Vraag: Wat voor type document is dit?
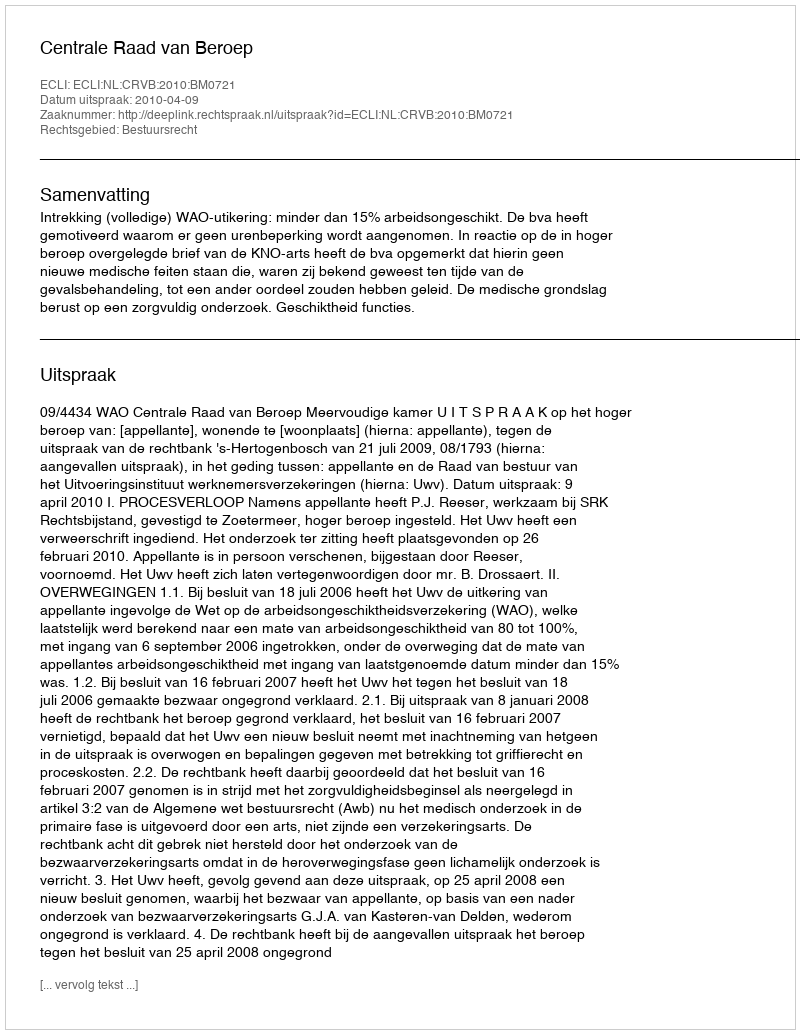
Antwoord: Uitspraak